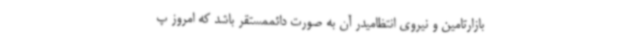
بازارتامین و نیروی انتظامیدر آن به صورت دائممستقر باشد که امروز پ